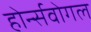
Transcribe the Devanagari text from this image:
होर्न्सवोगल